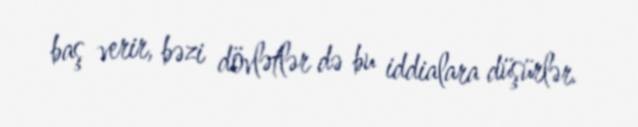
baş verir, bəzi dövlətlər də bu iddialara düşürlər.